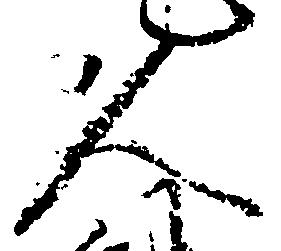
久